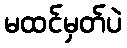
မထင်မှတ်ပဲ